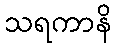
သရကာနိ